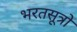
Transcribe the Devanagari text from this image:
भरतसूत्रों